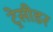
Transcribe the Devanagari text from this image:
ट्रेसीडर